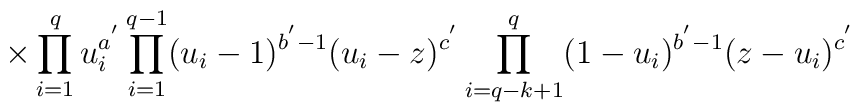
\hspace{15mm}\times\prod_{i = 1}^{q}u_{i}^{a^{'}}\prod_{i = 1}^{q - 1}(u_{i}- 1)^{b^{'} - 1}(u_{i} - z)^{c^{'}}\prod_{i = q - k + 1}^{q}(1 - u_{i})^{b^{'}- 1}(z - u_{i})^{c^{'}}